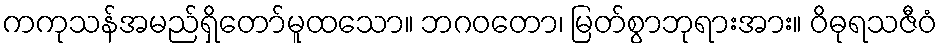
ကကုသန်အမည်ရှိတော်မူထသော။ ဘဂဝတော၊ မြတ်စွာဘုရားအား။ ဝိဓုရသဇီဝံ